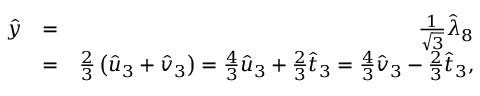
\begin{array} { r l r } { \hat { y } } & { = } & { \frac { 1 } { \sqrt { 3 } } \hat { \lambda } _ { 8 } } \\ & { = } & { \frac { 2 } { 3 } \left( \hat { u } _ { 3 } + \hat { v } _ { 3 } \right) = \frac { 4 } { 3 } \hat { u } _ { 3 } + \frac { 2 } { 3 } \hat { t } _ { 3 } = \frac { 4 } { 3 } \hat { v } _ { 3 } - \frac { 2 } { 3 } \hat { t } _ { 3 } , } \end{array}